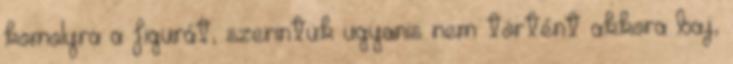
komolyra a figurát, szerintük ugyanis nem történt akkora baj,